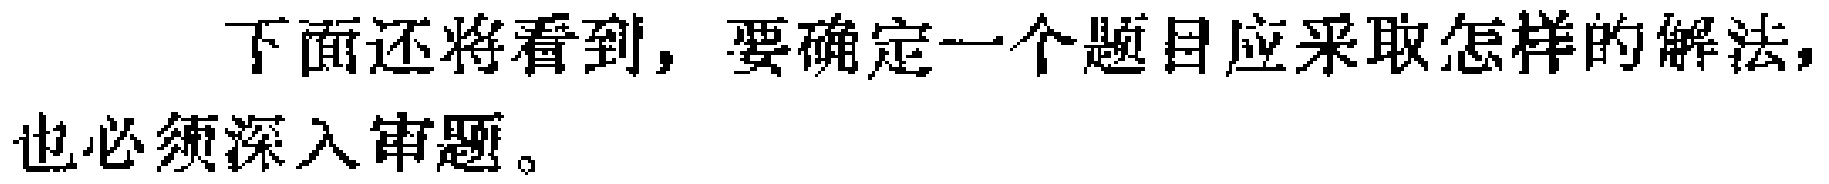
下面还将看到，要确定一个题目应采取怎样的解法，也必须深入审题。